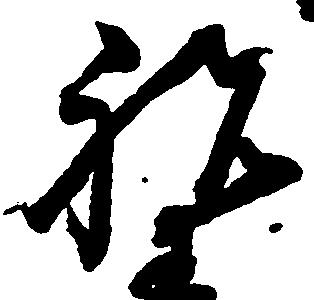
祝